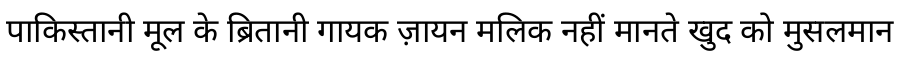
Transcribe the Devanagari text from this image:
पाकिस्तानी मूल के ब्रितानी गायक ज़ायन मलिक नहीं मानते खुद को मुसलमान